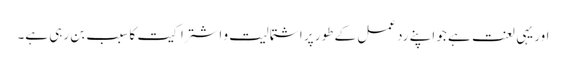
اور یہی لعنت ہے جو اپنے رد عمل کے طور پر اشتمالیت و اشتراکیت کا سبب بن رہی ہے۔